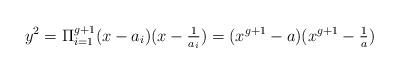
LaTeX: \begin{align*}y^2=\Pi_{i=1}^{g+1}(x-a_i)(x-\tfrac{1}{a_i})=(x^{g+1}-a)(x^{g+1}-\tfrac{1}{a})\end{align*}